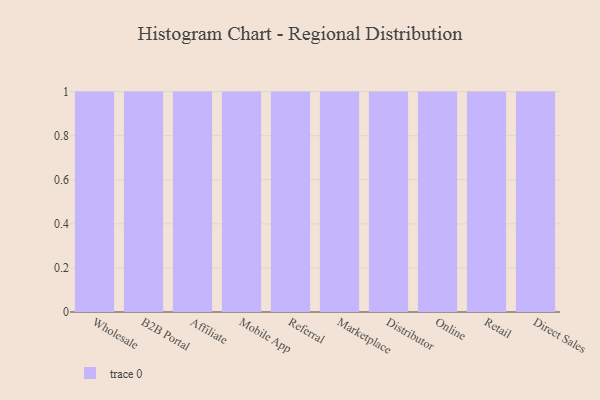
{"axis": {"x": "Channel", "y": "Website Visitors"}, "legend": [""], "data": [{"x": "Wholesale", "y": 47, "type": ""}, {"x": "B2B Portal", "y": 7, "type": ""}, {"x": "Affiliate", "y": 71, "type": ""}, {"x": "Mobile App", "y": 11, "type": ""}, {"x": "Referral", "y": 59, "type": ""}, {"x": "Marketplace", "y": 62, "type": ""}, {"x": "Distributor", "y": 50, "type": ""}, {"x": "Online", "y": 58, "type": ""}, {"x": "Retail", "y": 35, "type": ""}, {"x": "Direct Sales", "y": 8, "type": ""}]}